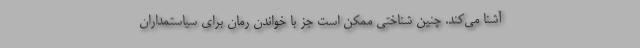
آشنا می‌کند. چنین شناختی ممکن است جز با خواندن رمان برای سیاستمداران